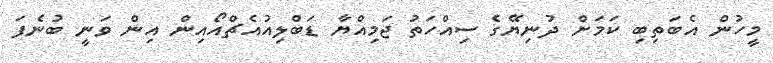
މީހުން އެބަތިބި ކަމަށް ދުނިޔޭގެ ސިއްހަތު ޖަމިއްޔާ ޑަބްލިއުއެޗްއޯއިން އިން ވަނީ ބުނެފަ